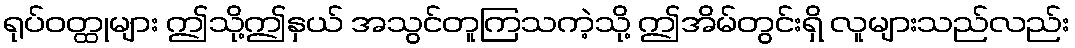
ရုပ်ဝတ္ထုများ ဤသို့ဤနှယ် အသွင်တူကြသကဲ့သို့ ဤအိမ်တွင်းရှိ လူများသည်လည်း